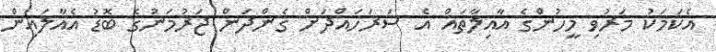
އެކަމަކު މަރުވި މީހުންގެ އާއިލާތައް އެ ސަރަހައްދަށް ގެންދަން ޖަރުމަނުގެ ބޮޑު އެއާލައިން